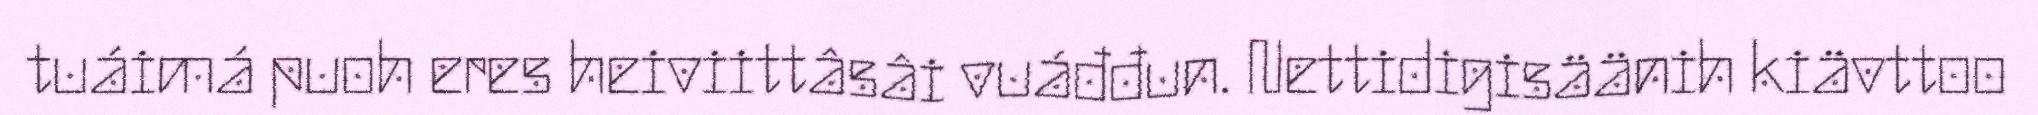
tuáimá puoh eres heiviittâsâi vuáđđun. Nettidigisäänih kiävttoo